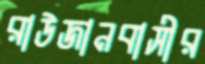
রাউজানবাসীর